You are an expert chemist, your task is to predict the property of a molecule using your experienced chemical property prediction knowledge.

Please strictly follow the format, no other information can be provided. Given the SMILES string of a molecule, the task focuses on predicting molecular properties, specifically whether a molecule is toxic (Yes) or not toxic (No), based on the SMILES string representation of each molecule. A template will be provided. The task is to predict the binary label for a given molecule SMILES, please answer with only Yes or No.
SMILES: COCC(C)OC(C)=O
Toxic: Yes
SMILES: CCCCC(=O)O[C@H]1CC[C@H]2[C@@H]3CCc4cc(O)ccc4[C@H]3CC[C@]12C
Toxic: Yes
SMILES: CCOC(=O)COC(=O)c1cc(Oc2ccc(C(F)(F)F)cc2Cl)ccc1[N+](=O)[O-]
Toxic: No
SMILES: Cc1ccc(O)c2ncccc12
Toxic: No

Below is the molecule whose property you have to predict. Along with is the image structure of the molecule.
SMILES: CCCCCCCN
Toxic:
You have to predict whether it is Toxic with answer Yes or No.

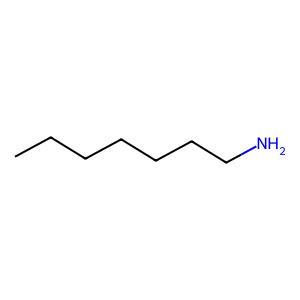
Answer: No